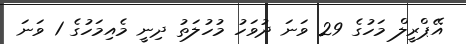
އޭޕްރީލް މަހުގެ 29 ވަނަ ދުވަހު މުހުލަތު ދިނީ މެއިމަހުގެ 1 ވަނަ